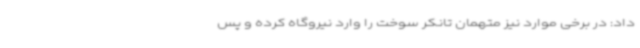
داد: در برخی موارد نیز متهمان تانکر سوخت را وارد نیروگاه کرده و پس